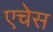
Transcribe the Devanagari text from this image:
एचेस